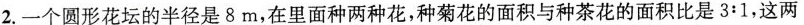
2.一个圆形花坛的半径是8m，在里面种两种花，种菊花的面积与种茶花的面积比是3:1，这两